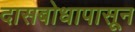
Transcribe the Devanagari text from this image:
दासबोधापासून